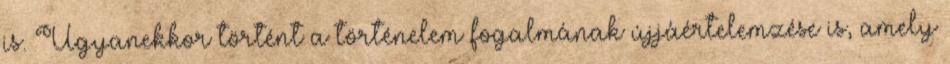
is. Ugyanekkor történt a történelem fogalmának újjáértelemzése is, amely